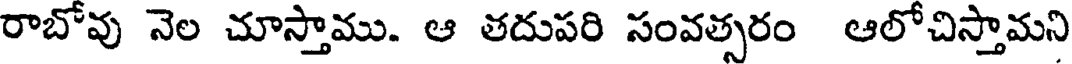
రాబోవు నెల చూస్తాము. ఆ తదుపరి సంవత్సరం ఆలోచిస్తామని